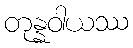
တုန္နဝါယဿ